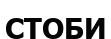
СТОБИ